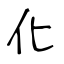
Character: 化